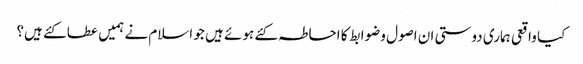
کیا واقعی ہماری دوستی ان اصول وضوابط کا احاطہ کئے ہوئے ہیں جو اسلام نے ہمیں عطا کئے ہیں؟